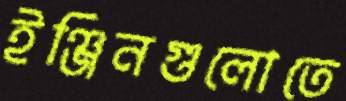
ইঞ্জিনগুলোতে